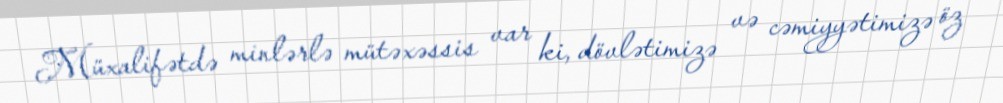
Müxalifətdə minlərlə mütəxəssis var ki, dövlətimizə və cəmiyyətimizə öz